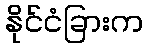
နိုင်ငံခြားက